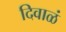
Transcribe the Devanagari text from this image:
दिवाळं